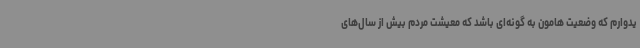
یدوارم که وضعیت هامون به گونه‌ای باشد که معیشت مردم بیش از سال‌های